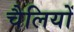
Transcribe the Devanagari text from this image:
चैलियों